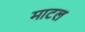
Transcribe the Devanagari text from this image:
माटल